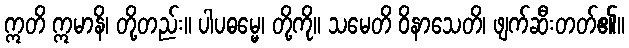
ဣတိ ဣမာနိ၊ တို့တည်း။ ပါပဓမ္မေ၊ တို့ကို။ သမေတိ ဝိနာသေတိ၊ ဖျက်ဆီးတတ်၏။